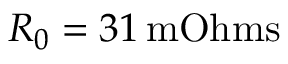
R _ { 0 } = 3 1 \, \mathrm { m O h m s }